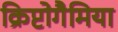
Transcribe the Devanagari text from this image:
क्रिप्टोगैमिया